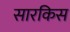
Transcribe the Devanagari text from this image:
सारकिस